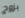
بزوج